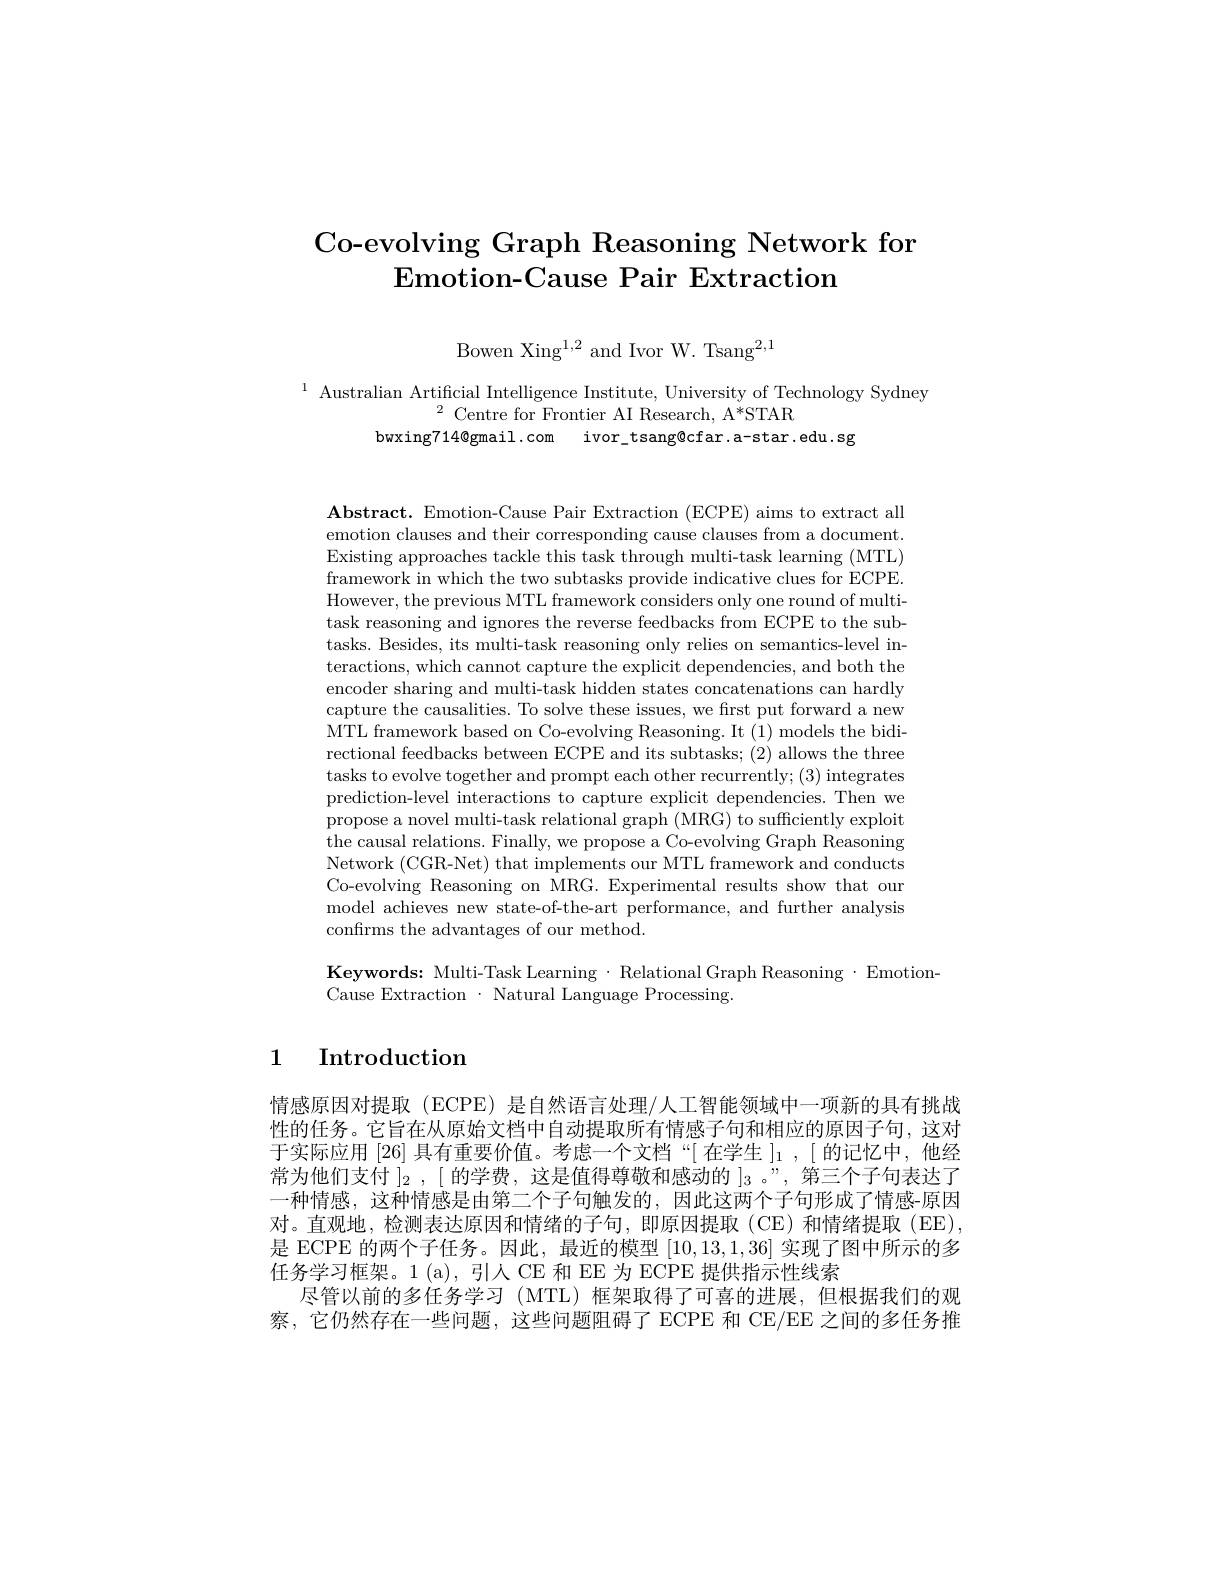
# Co-evolving Graph Reasoning Network for $\textbf{Emotion- Cause Pair Extraction}$

Bowen Xing$^1,2$ and Ivor W. Tsang$^2,1$

$^{1}$ Australian Artificial Intelligence Institute, University of Technology Sydney
$^{2}{\mathrm{~Centre~for~Frontier~AI~Research,~A*STAR}}$
bwxing714@gmail.com ivor\_tsang@cfar.a-star.edu.sg

$\mathbf{Abstract.~Emotion-Cause~Pair~Extraction~(ECPE)~aims~to~extract~all}$ emotion clauses and their corresponding cause clauses from a document. Existing approaches tackle this task through multi-task learning (MTL) framework in which the two subtasks provide indicative clues for ECPE. However, the previous MTL framework considers only one round of multitask reasoning and ignores the reverse feedbacks from ECPE to the subtasks. Besides, its multi-task reasoning only relies on semantics-level interactions, which cannot capture the explicit dependencies, and both the encoder sharing and multi-task hidden states concatenations can hardly capture the causalities. To solve these issues, we first put forward a new MTL framework based on Co-evolving Reasoning. It (1) models the bidirectional feedbacks between ECPE and its subtasks; (2) allows the three tasks to evolve together and prompt each other recurrently; (3) integrates prediction-level interactions to capture explicit dependencies. Then we propose a novel multi-task relational graph (MRG) to suffciently exploit the causal relations. Finally, we propose a Co-evolving Graph Reasoning Network (CGR-Net) that implements our MTL framework and conducts Co-evolving Reasoning on MRG. Experimental results show that our model achieves new state-of-the-art performance, and further analysis confirms the advantages of our method.

Keywords: Multi-Task Learning· Relational Graph Reasoning·Emotion-
Cause Extraction $\cdot$ Natural Language Processing.

## 1 Introduction

情感原因对提取 (ECPE) 是自然语言处理/人工智能领域中一项新的具有挑战性的任务。它旨在从原始文档中自动提取所有情感子句和相应的原因子句，这对于实际应用[26]具有重要价值。考虑一个文档“[在学生$]_1,[$的记忆中，他经常为他们支付$]_2,[$的学费，这是值得尊敬和感动的$]_3$ 。”,第三个子句表达了一种情感，这种情感是由第二个子句触发的，因此这两个子句形成了情感-原因对。直观地，检测表达原因和情绪的子句，即原因提取(CE)和情绪提取(EE) 是 ECPE 的两个子任务。因此，最近的模型[10,13,1,36]实现了图中所示的多任务学习框架。1(a),引人 CE 和 EE 为 ECPE 提供指示性线索
尽管以前的多任务学习 (MTL) 框架取得了可喜的进展，但根据我们的观察，它仍然存在一些问题，这些问题阻碍了 ECPE 和 CE/EE 之间的多任务推